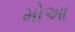
મોઆ